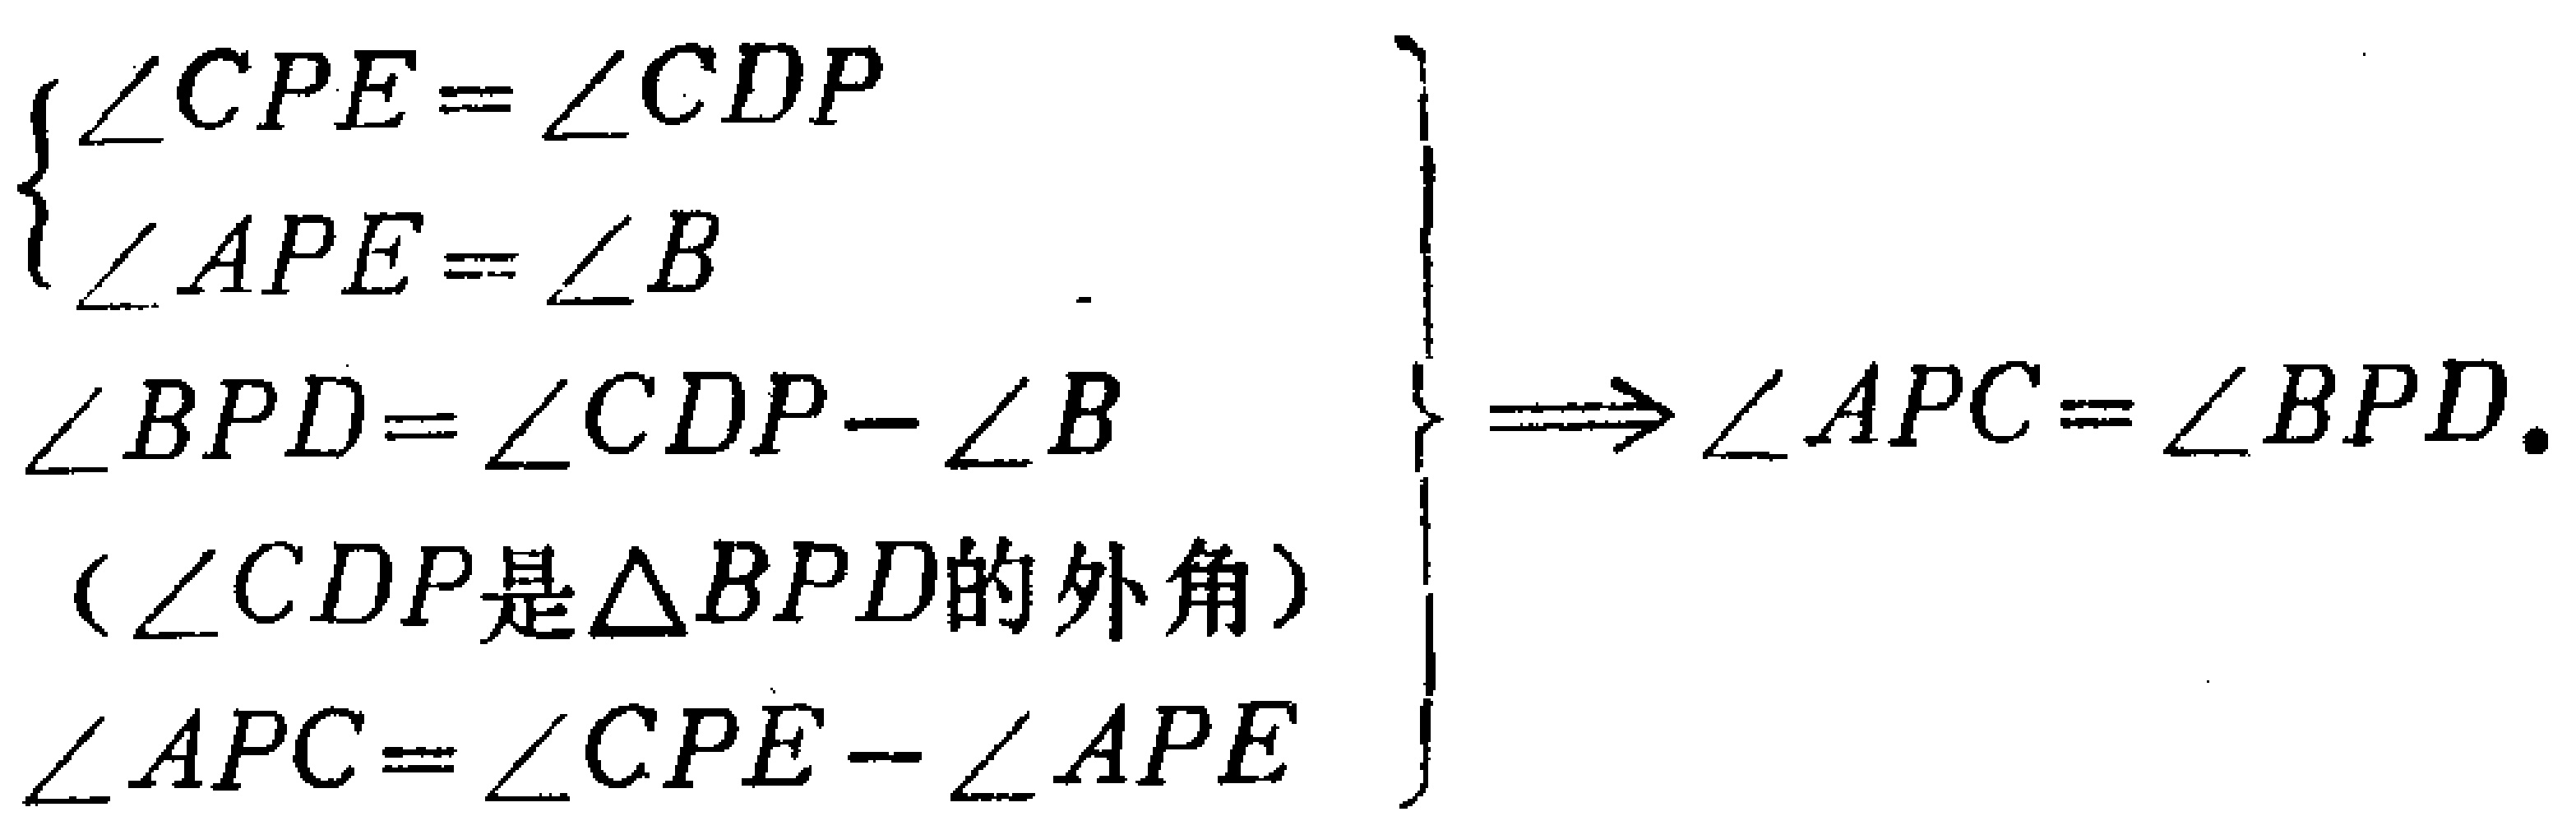
$\left\{

\begin{array}{l}

\angle CPE = \angle CDP \\

\angle APE=\angle B \\

\angle BPD=\angle CDP - \angle B \\

（\angle CDP是\triangle BPD的外角） \\

\angle APC=\angle CPE - \angle APE

\end{array}

\right\}

\Longrightarrow \angle APC = \angle BPD.$